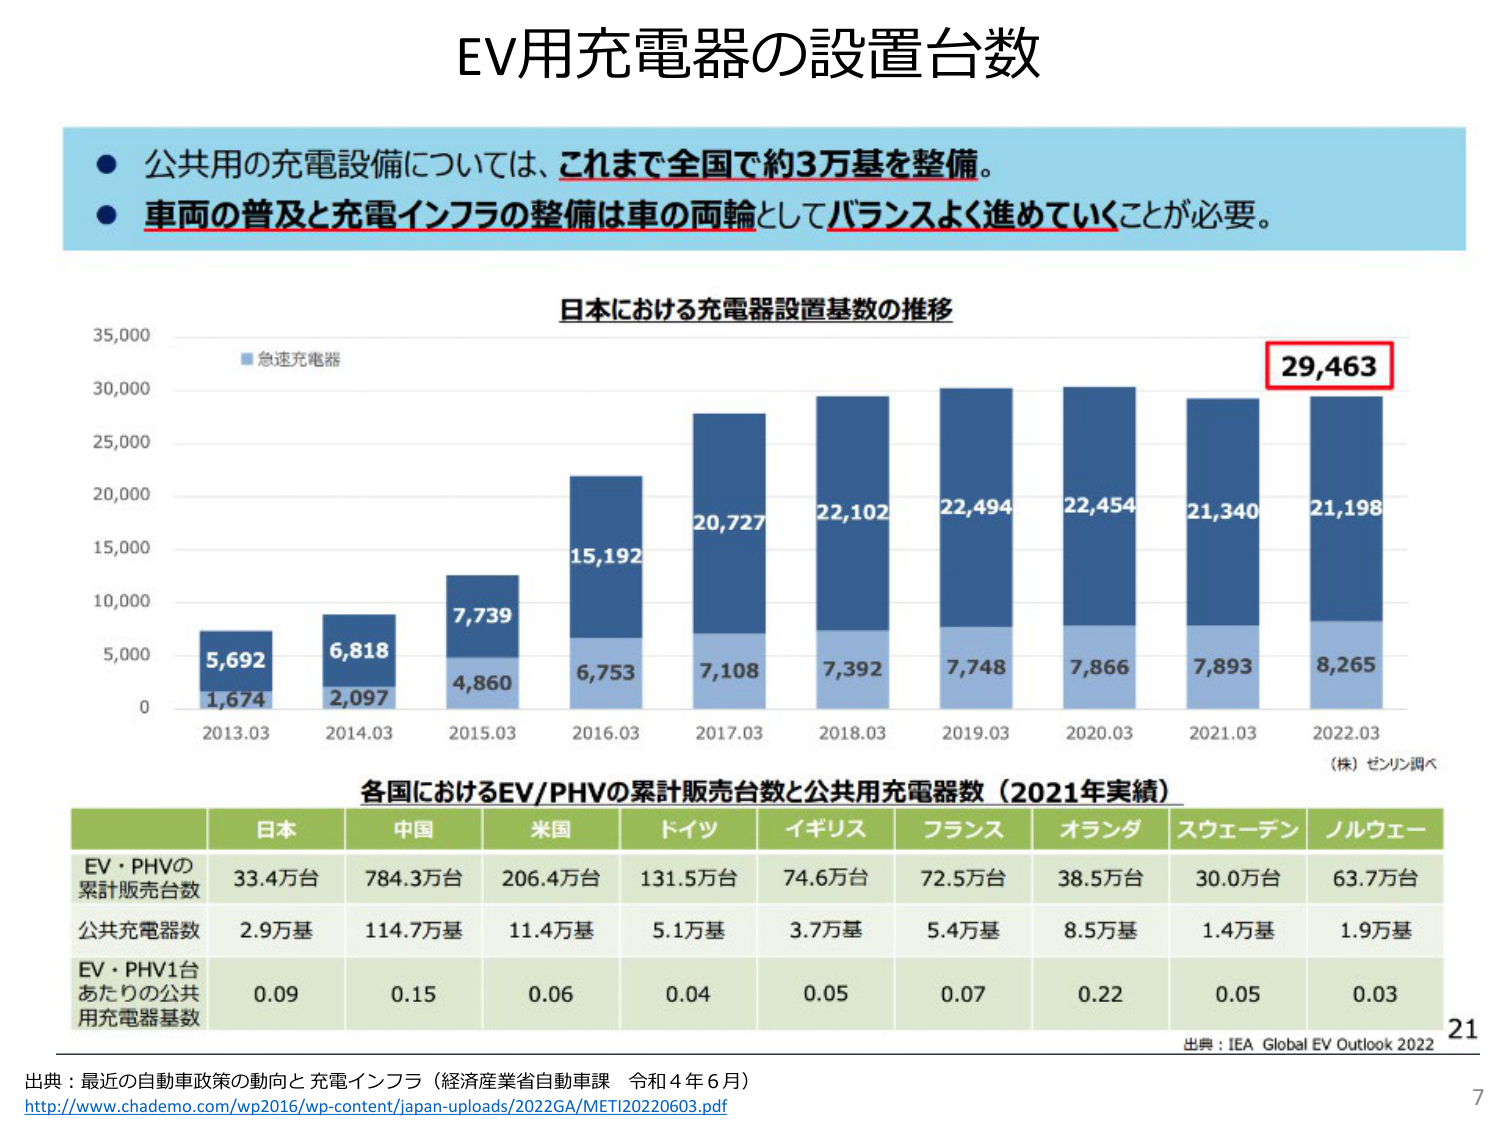
EV用充電器の設置台数

● 公共用の充電設備については、これまで全国で約3万基を整備。
● 車両の普及と充電インフラの整備は車の両輪としてバランスよく進めていくことが必要。

日本における充電器設置基数の推移

35,000
30,000
25,000
20,000
15,000
10,000
5,000
0

■ 急速充電器

5,692
1,674
2013.03

6,818
2,097
2014.03

7,739
4,860
2015.03

15,192
6,753
2016.03

20,727
7,108
2017.03

22,102
7,392
2018.03

22,494
7,748
2019.03

22,454
7,866
2020.03

21,340
7,893
2021.03

29,463
21,198
8,265
2022.03

（株）ゼンリン調べ

各国におけるEV/PHVの累計販売台数と公共用充電器数（2021年実績）

日本 中国 米国 ドイツ イギリス フランス オランダ スウェーデン ノルウェー

EV・PHVの
累計販売台数
33.4万台 784.3万台 206.4万台 131.5万台 74.6万台 72.5万台 38.5万台 30.0万台 63.7万台

公共充電器数
2.9万基 114.7万基 11.4万基 5.1万基 3.7万基 5.4万基 8.5万基 1.4万基 1.9万基

EV・PHV1台
あたりの公共
用充電器基数
0.09 0.15 0.06 0.04 0.05 0.07 0.22 0.05 0.03

出典：IEA Global EV Outlook 2022

出典：最近の自動車政策の動向と充電インフラ（経済産業省自動車課 令和4年6月）
http://www.chademo.com/wp2016/wp-content/japan-uploads/2022GA/METI20220603.pdf

21
7